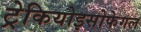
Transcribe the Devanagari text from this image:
ट्रेकियोइसोफेगल